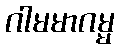
ဂါမမာဂမ္မ